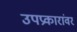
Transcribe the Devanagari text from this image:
उपप्रकारांवर